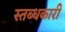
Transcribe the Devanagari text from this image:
स्तब्धकारी